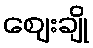
ဈေးချို